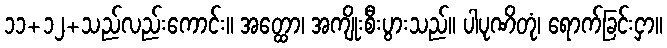
၁၁+၁၂+သည်လည်းကောင်း။ အတ္ထော၊ အကျိုးစီးပွားသည်။ ပါပုဏိတုံ၊ ရောက်ခြင်းငှာ။